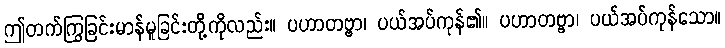
ဤတက်ကြွခြင်းမာန်မူခြင်းတို့ကိုလည်း။ ပဟာတဗ္ဗာ၊ ပယ်အပ်ကုန်၏။ ပဟာတဗ္ဗာ၊ ပယ်အပ်ကုန်သော။